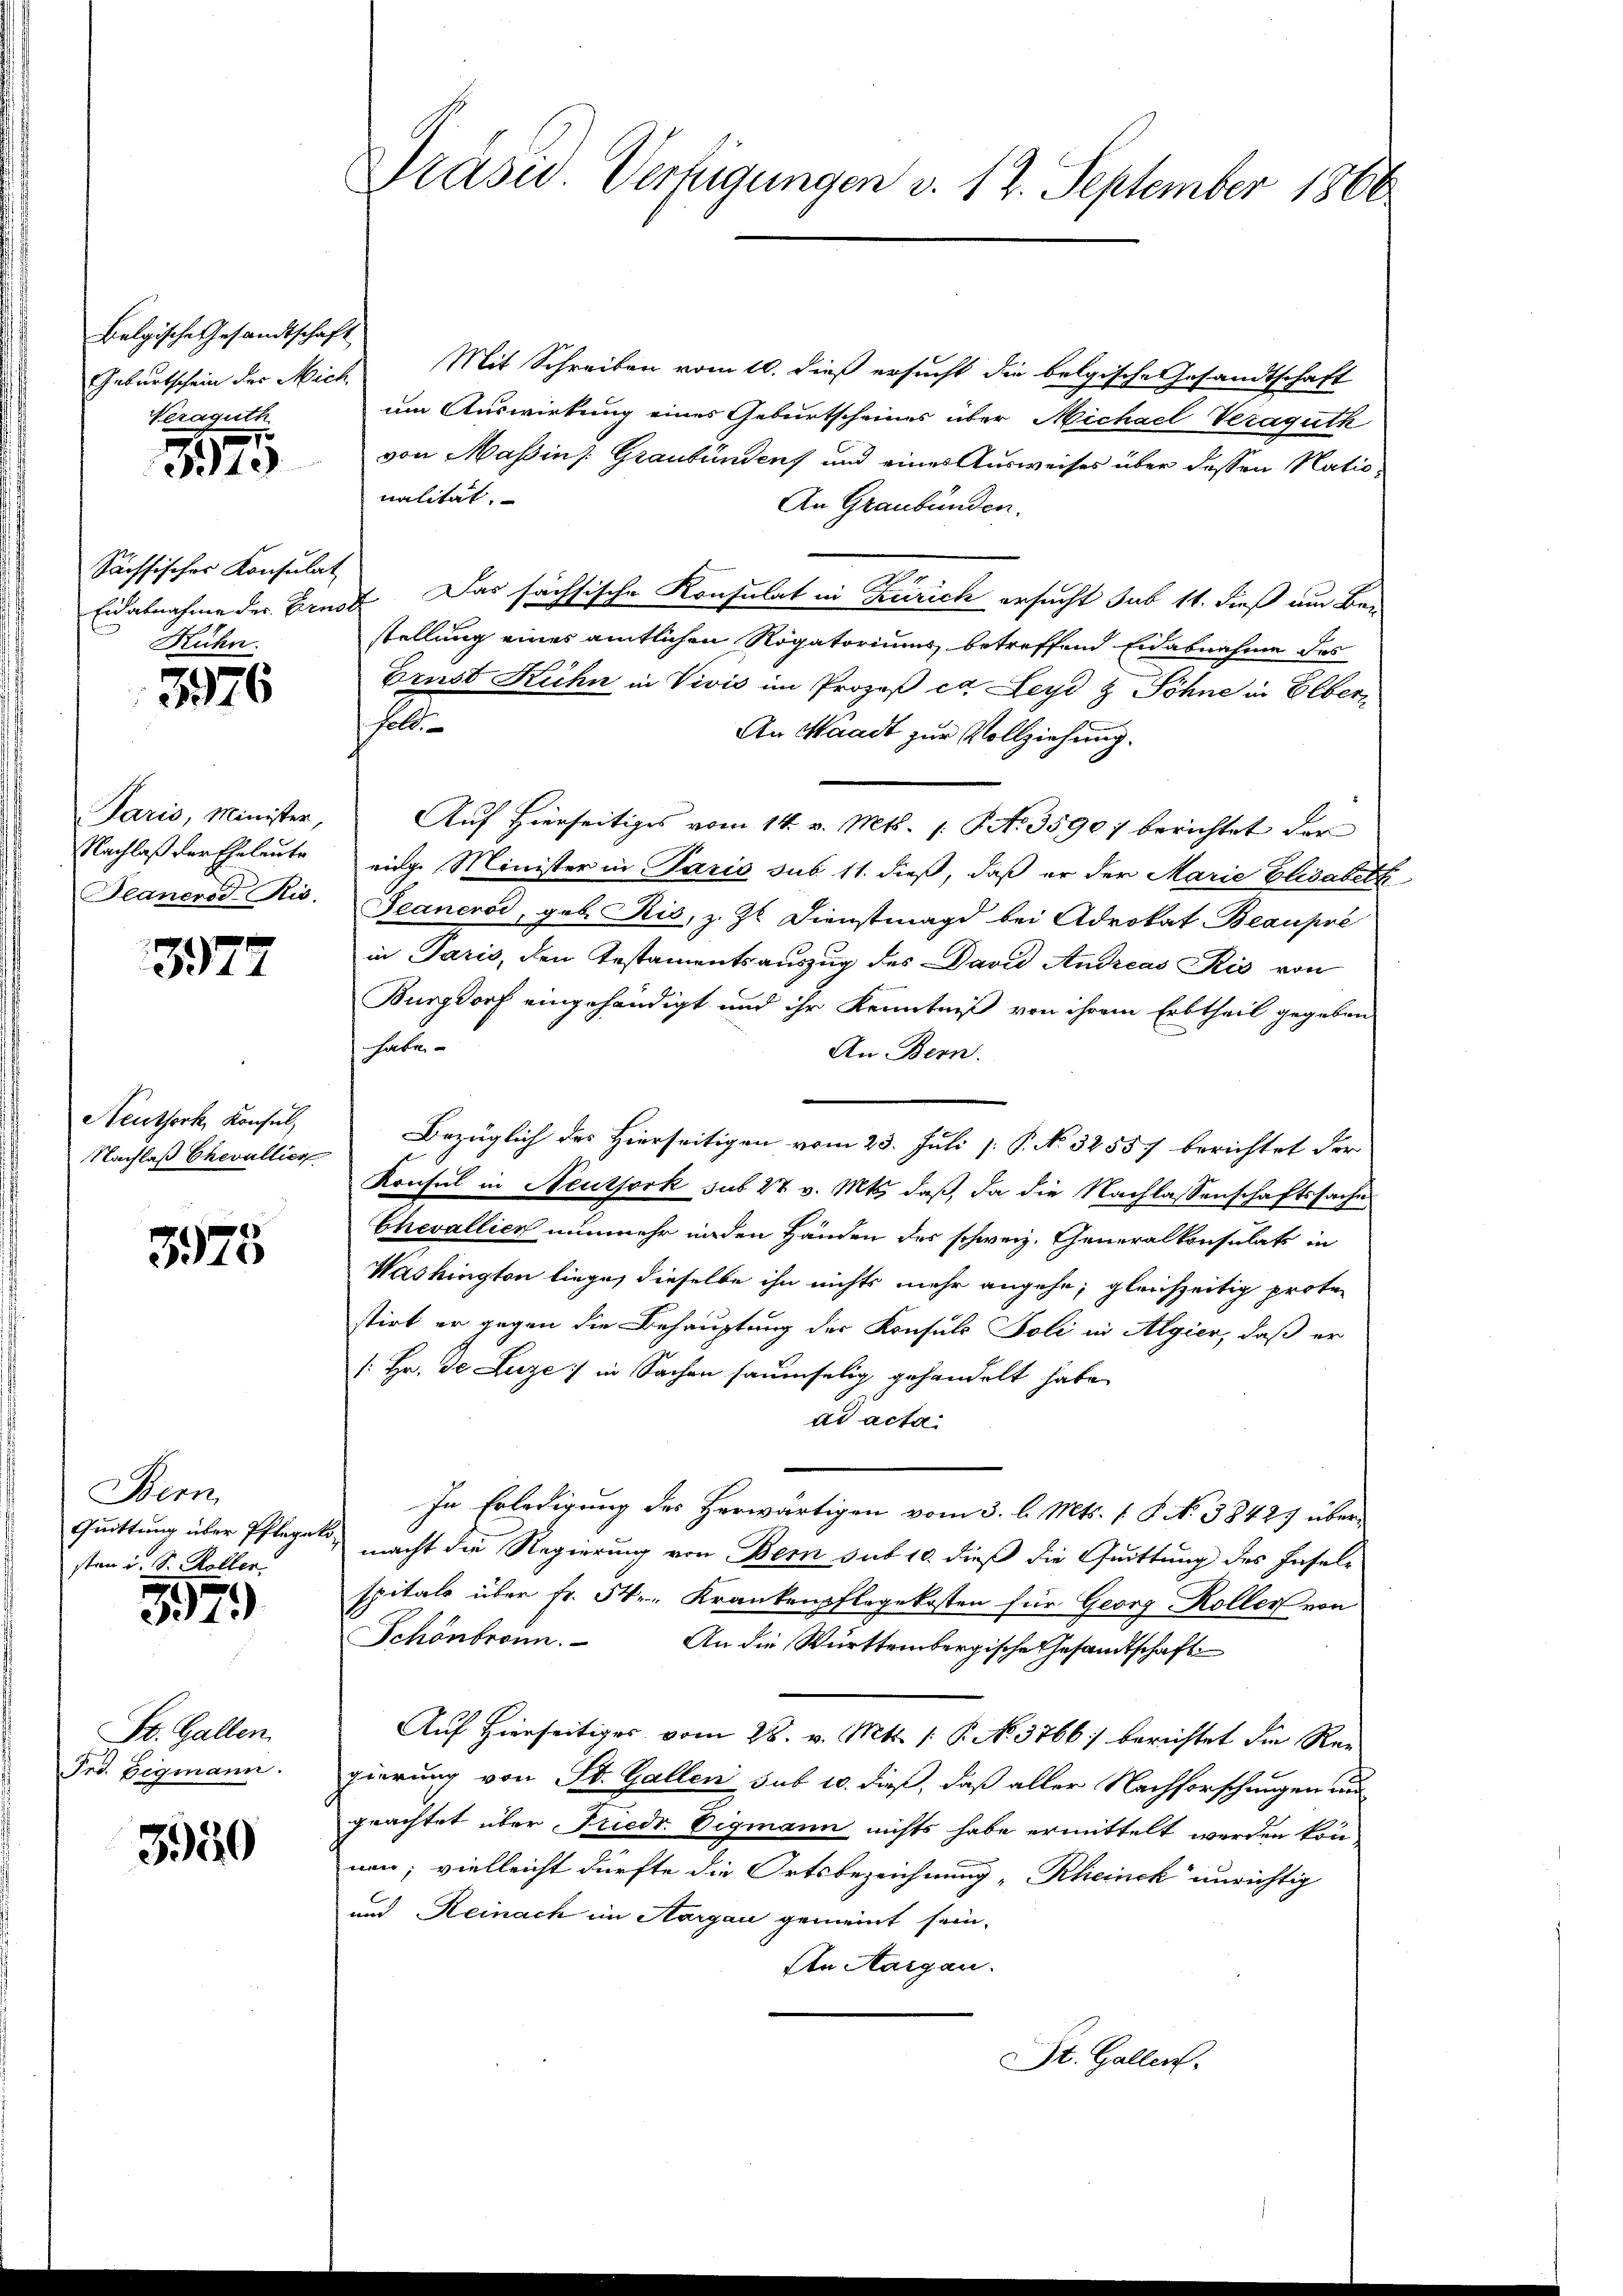
Belgische Gesandtschaft
Nezaguth

375

Sächsischer Konsulat
Rühn.

3876

3372

Neuthork, Konsul,
Nachlaß Chevallier

3925

Bern
Quittung über Pflege
sten u. S. Rollen.

5979

St. Gallen.
Frd. Zegmann.

3350

Geburtschein der Mich. Mit Schreiben vom 10. dieß ersucht die belgische Gesandtschaft
um Auswirkung eines Geburtscheines über Michael Veraguth
von Massins Graubünden und eines Ausweises über dessen Nationalität.
An Graubünden.
Eidabnahme der Ernst Das sächsische Konsulat in Zürich ersucht sub 14. dieß um Be-
stellung eines amtlichen Rogatoriums betreffend Eidabnahme des
Brust Kühn in Vivić im Prozeß ca Leyd & Söhne in Elbersoll.
An Waadt zur Vollziehung.
Jaris, Minister, Auf Hierseitiges vom 14. v. Mts. 1. Oct. 3590/ berichtet der
Nachlaß der Eheleute einge Minister in Paris sub 11. dieß, daß er der Marie Elisabeth
Jeanevod Ris. Jeanenod, geb. Ris, z. Zt. Dienstmagd bei Advokat Beauprè
in Paris, den Testamentsauszug des David Andreas Kis von
Burgdorf eingehändigt und ihr Kenntniß von ihrem Erbtheil gegeben
habe
An Bern.
Bezüglich des Hierseitigen vom 23. Juli [ P. No 32557 berichtet der
Konsul in Neuthork sub 27 v. Mts., daß, da die Nachlassenschaftssache
Chevallier nunmehr inden Händen des schweiz. Generalkonsulats in
Washington liege, dieselbe ihn nichts mehr angehe; gleichzeitig protestirt er gegen die Behauptung der Konsuls Foli in Algier, daß er
/: Hr. Je Luze: in Sachen saumselig gehandelt habe.
ad acta
In Erledigung des Herwärtigen vom 3. l. Mts. f. S. 38427 über
u macht die Regierung von Bern sub 10. dieß die Quittung des Inselspitals über Fr. 54. Krankenpflegekosten für Georg Koller von
Schönbronn. An die Württembergische Gesandtschaft
Auf Hierseitiges vom 28. v. Mts. 1 P. No. 3766) berichtet die Re-
gierung von St. Gallen sub 10. dieß, daß aller Nachforschungen und
geachtet über Friedr. Vigmann nichts habe ermittelt werden kön
nen; vielleicht dürfte die Ortsbezeichnung "Rheinck unrichtig
und Reinach im Aargau gemeint sein.
An Aargau.
St. Gallen.

Präser. Verfügungen v. 12. September 1866